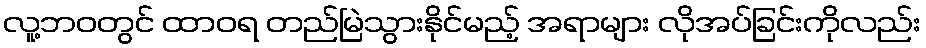
လူ့ဘဝတွင် ထာဝရ တည်မြဲသွားနိုင်မည့် အရာများ လိုအပ်ခြင်းကိုလည်း